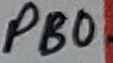
Text: PB0